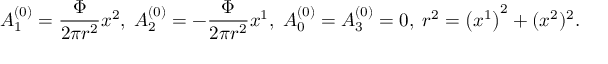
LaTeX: A _ { 1 } ^ { \left( 0 \right) } = { \frac { { \Phi } } { { 2 \pi r ^ { 2 } } } } x ^ { 2 } , \; A _ { 2 } ^ { \left( 0 \right) } = - { \frac { { \Phi } } { { 2 \pi r ^ { 2 } } } } x ^ { 1 } , \; A _ { 0 } ^ { \left( 0 \right) } = A _ { 3 } ^ { \left( 0 \right) } = 0 , \; r ^ { 2 } = \left( x ^ { 1 } \right) ^ { 2 } + ( x ^ { 2 } ) ^ { 2 } .